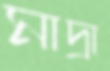
মাদ্রা